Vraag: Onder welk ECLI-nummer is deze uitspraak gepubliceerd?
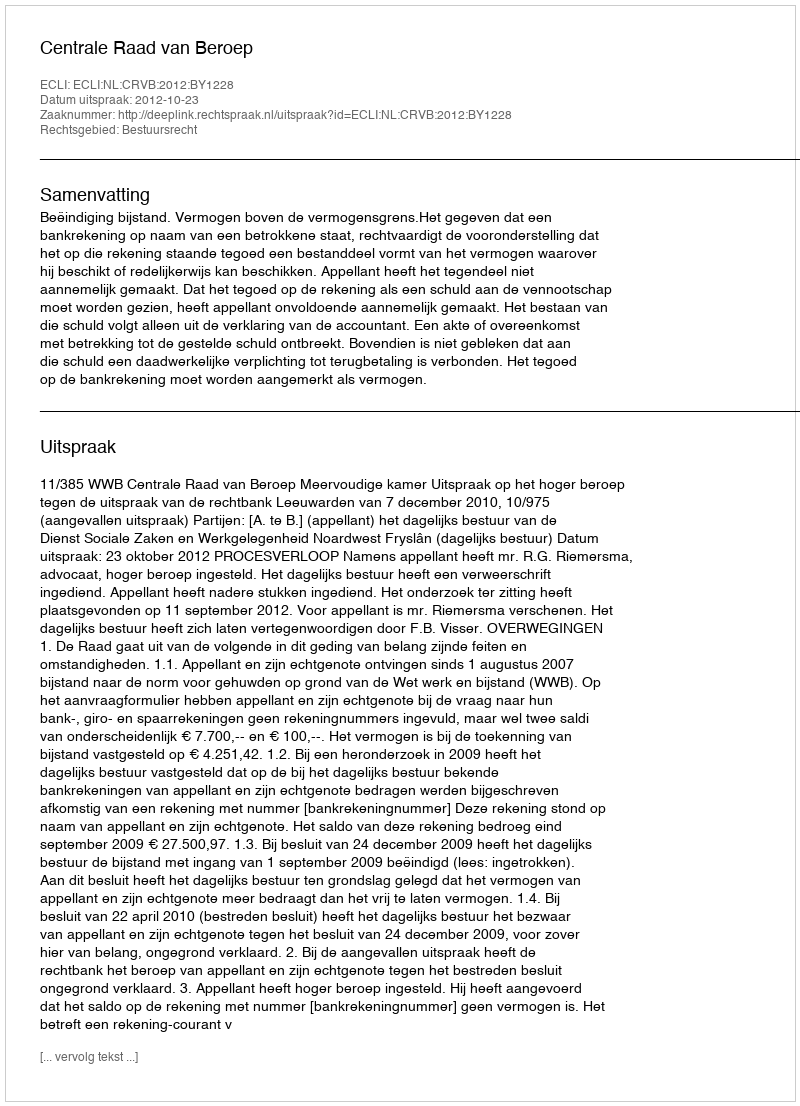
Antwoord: ECLI:NL:CRVB:2012:BY1228